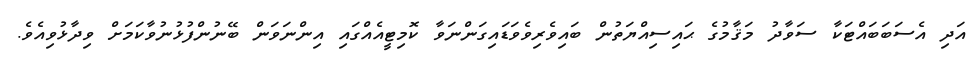
އަދި އެސަބަބައްޓަކާ ސަވާދު މަޤާމުގެ ޙައިސިއްޔަތުން ބައިވެރިވެވަޑައިގަންނަވާ ކޮމިޓީއެއްގައި އިންނަވަން ބޭނުންފުޅުނުވާކަމަށް ވިދާޅުވިއެވެ.